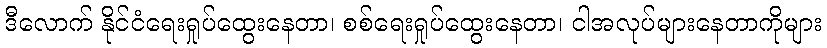
ဒီလောက် နိုင်ငံရေးရှုပ်ထွေးနေတာ၊ စစ်ရေးရှုပ်ထွေးနေတာ၊ ငါအလုပ်များနေတာကိုများ